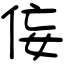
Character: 侫